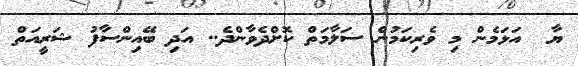
ޔާ  އަޅަމެން މި ވެރިކަމުން ސަލާމަތް ކޮށްދެވާންދެ.. އަދި ބޭއިންސާފު ޝަރީއަތް